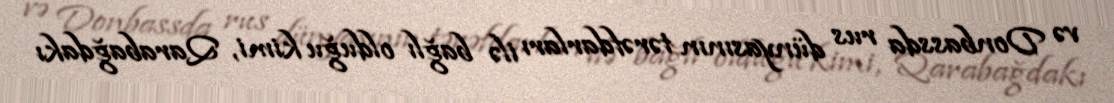
və Donbassda rus dünyasının tərəfdarları ilə bağlı olduğu kimi, Qarabağdakı